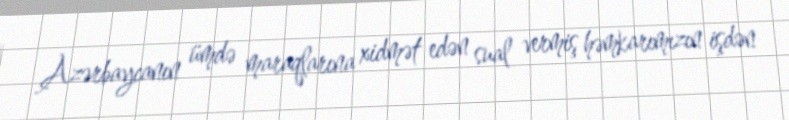
Azərbaycanın ümdə maraqlarına xidmət edən sual vermiş həmkarımızın işdən